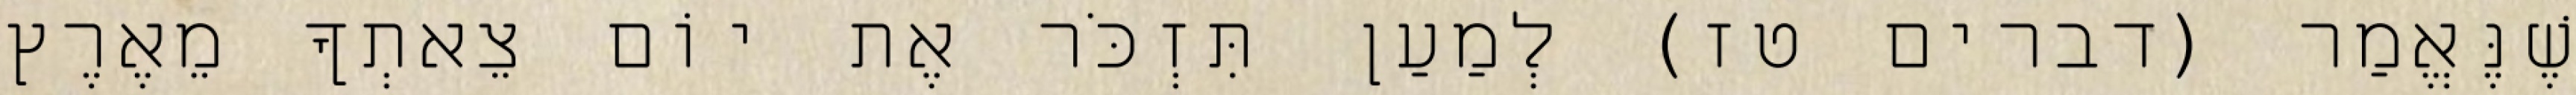
שֶׁנֶּאֱמַר (דברים טז) לְמַעַן תִּזְכֹּר אֶת יוֹם צֵאתְךָ מֵאֶרֶץ